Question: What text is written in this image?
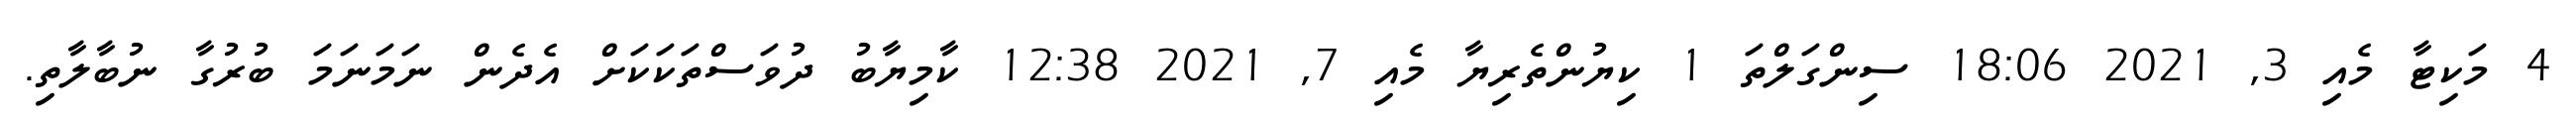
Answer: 4 މަކިޓާ މެއި 3, 2021 18:06 ސިންގަލްތަ 1 ކިޔުންތެރިޔާ މެއި 7, 2021 12:38 ކާމިޔާބު ދުވަސްތަކަކަށް އެދެން ނަމަނަމަ ބުރުގާ ނުބާލާތި.